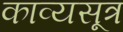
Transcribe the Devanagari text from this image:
काव्यसूत्र